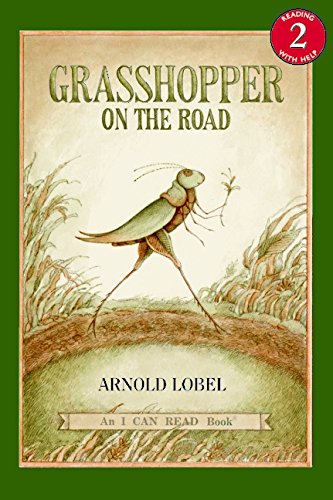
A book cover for Grasshopper on the Road (I Can Read Level 2); Arnold Lobel; Children's Books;